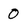
Character: 0